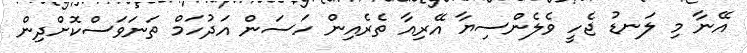
އޭނާ މި ލަނޑު ޖެހީ ވެލެންސިޔާ އޭރިއާ ތެރެއިން ހަސަން އަދުހަމް ތަނަވަސްކޮށްދިން